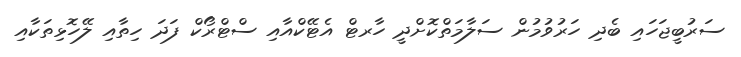
ސަރުބީޖަހައި ބެދި ހަރުވުމުން ސަލާމަތްކޮށްދީ ހާރޓް އެޓޭކްއާއި ސްޓްރޯކް ފަދަ ހިތާއި ލޭހޮޅިތަކާއި